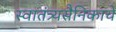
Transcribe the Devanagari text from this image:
स्वातंत्र्यसैनिकाचे